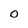
Character: 0